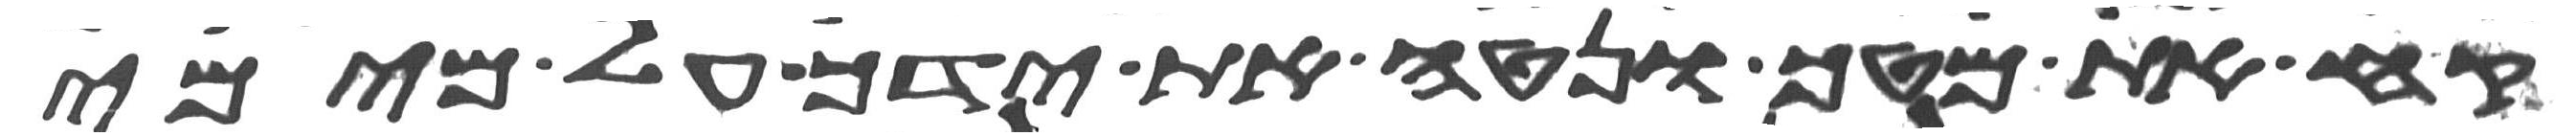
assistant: קח את מטך ונטה את ידך על מימי